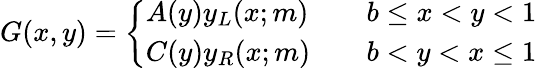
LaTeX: \begin{array}{r}{G(x,y)=\left\{ \begin{array}{ll}{A(y)y_{L}(x;m)}&{\quad b\leq x<y<1}\\ {C(y)y_{R}(x;m)}&{\quad b<y<x\leq 1}\end{array}\right.}\end{array}